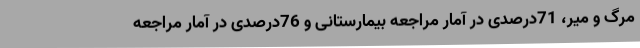
مرگ و میر، 71درصدی در آمار مراجعه بیمارستانی و 76درصدی در آمار مراجعه